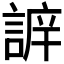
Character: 𧩔